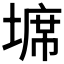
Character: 𭏖